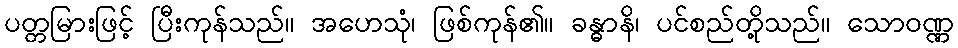
ပတ္တမြားဖြင့် ပြီးကုန်သည်။ အဟေသုံ၊ ဖြစ်ကုန်၏။ ခန္ဓာနိ၊ ပင်စည်တို့သည်။ သောဝဏ္ဏ